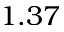
1 . 3 7